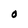
Character: 0